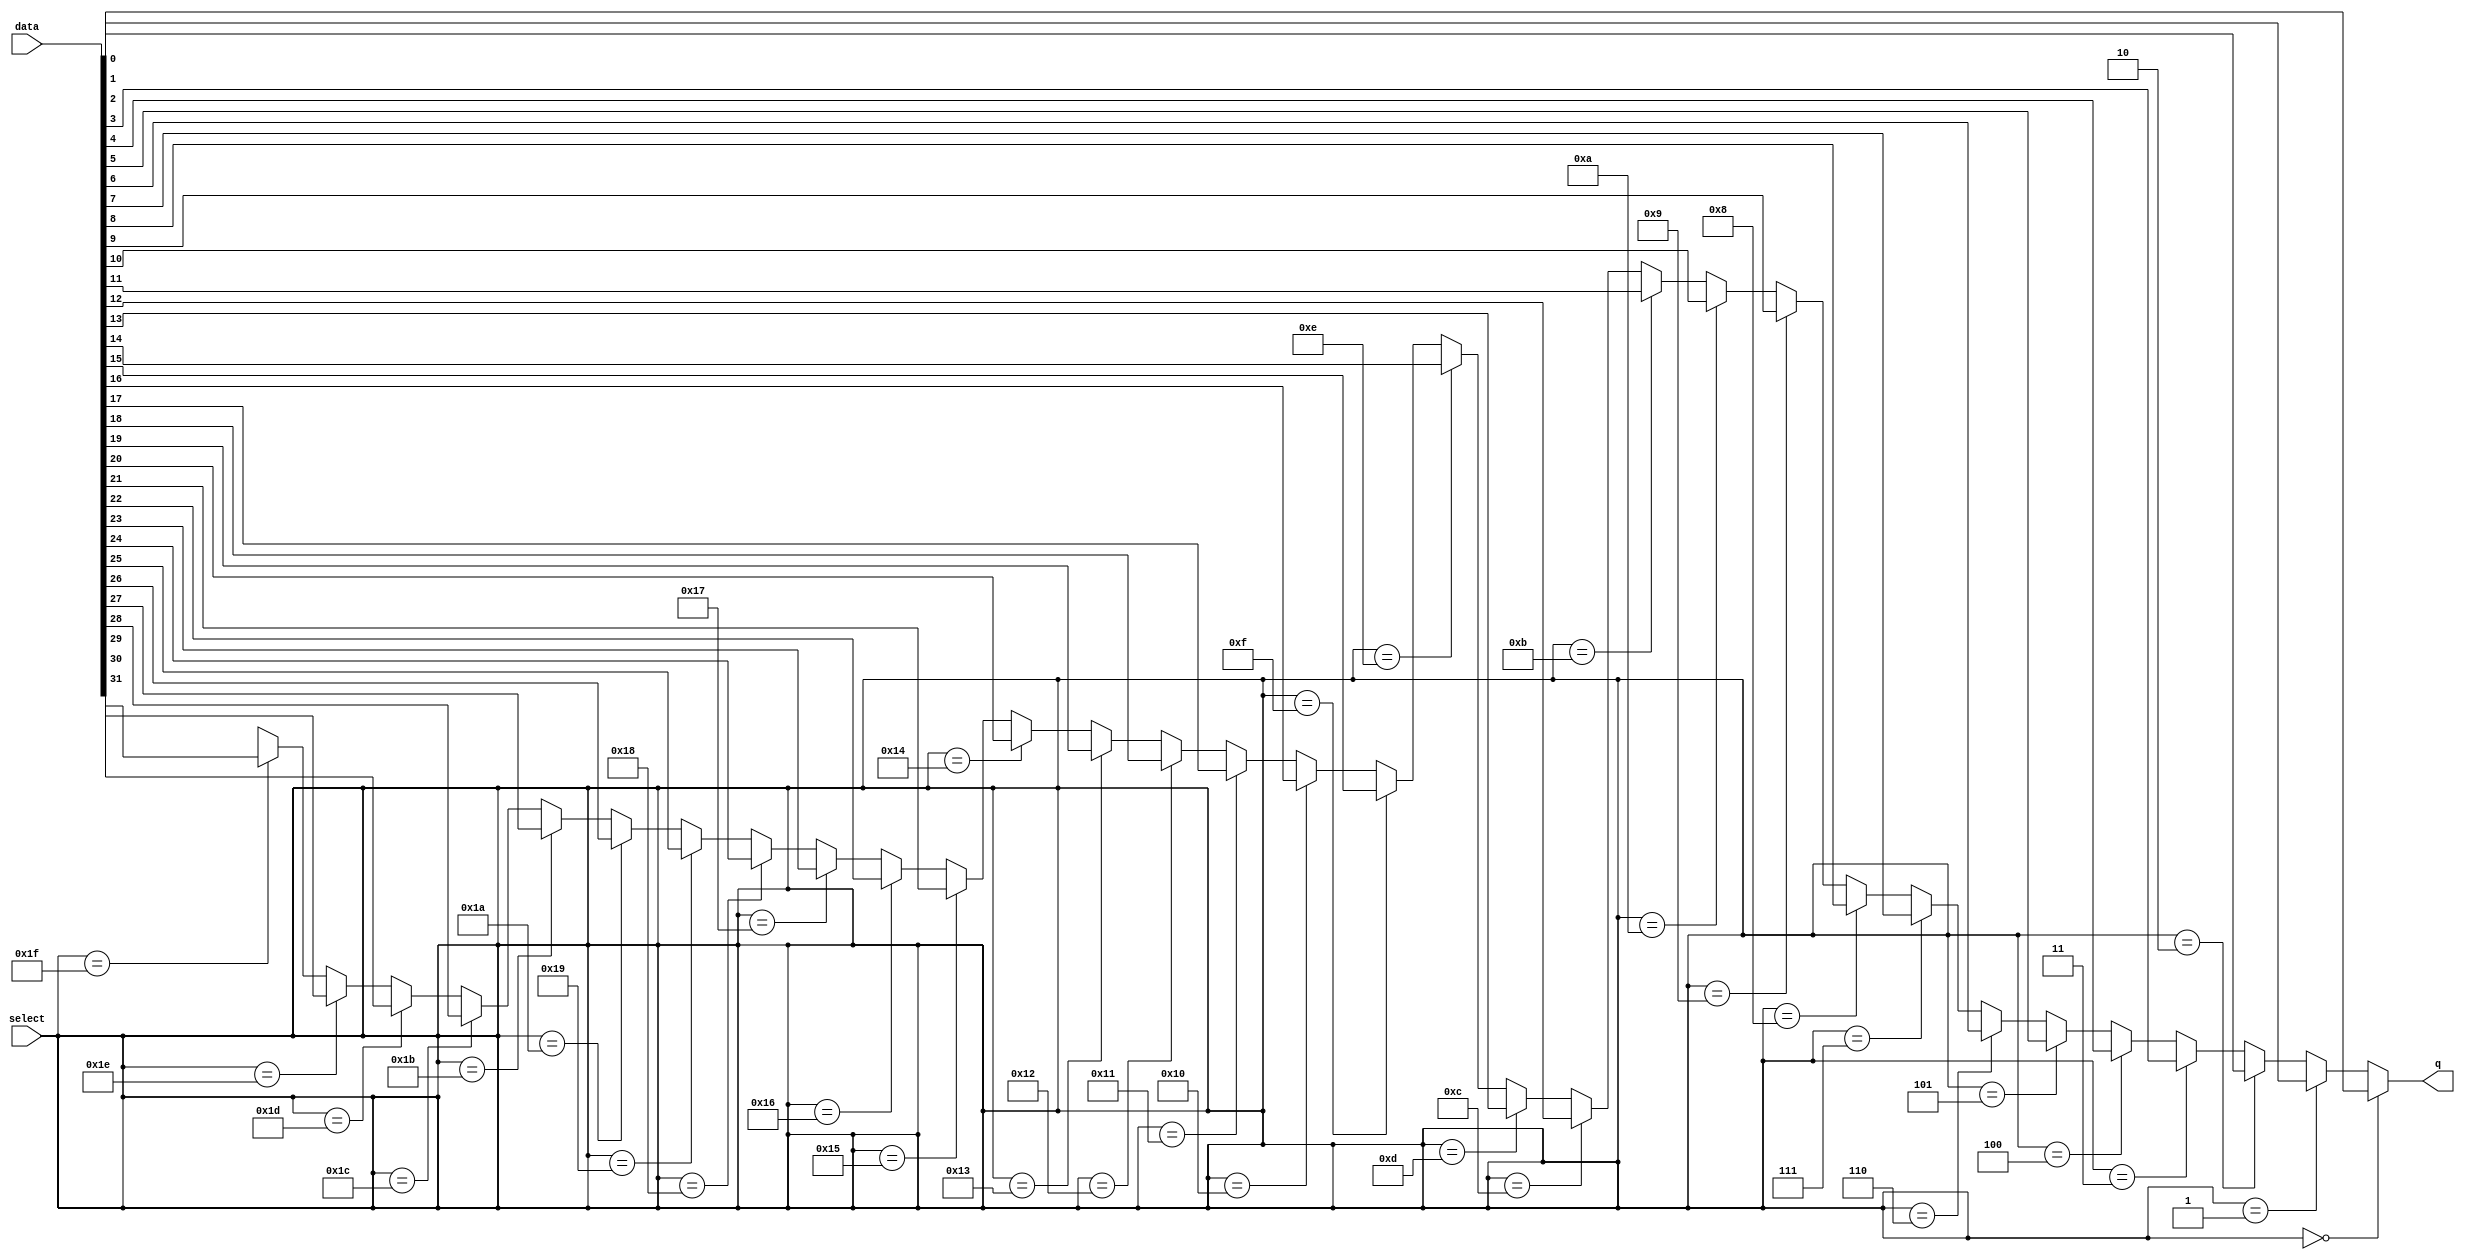
module multiplexer(q, data, select);
	output q;
	input [31:0] data;
	input [5:0] select;
	wire q;
	wire [31:0] data;
	wire [5:0] select;

	assign q =
		(select == 5'h00) ? data[0] :
		(select == 5'h01) ? data[1] :
		(select == 5'h02) ? data[2] :
		(select == 5'h03) ? data[3] :
		(select == 5'h04) ? data[4] :
		(select == 5'h05) ? data[5] :
		(select == 5'h06) ? data[6] :
		(select == 5'h07) ? data[7] :
		(select == 5'h08) ? data[8] :
		(select == 5'h09) ? data[9] :
		(select == 5'h0A) ? data[10] :
		(select == 5'h0B) ? data[11] :
		(select == 5'h0C) ? data[12] :
		(select == 5'h0D) ? data[13] :
		(select == 5'h0E) ? data[14] :
		(select == 5'h0F) ? data[15] :
		(select == 5'h10) ? data[16] :
		(select == 5'h11) ? data[17] :
		(select == 5'h12) ? data[18] :
		(select == 5'h13) ? data[19] :
		(select == 5'h14) ? data[20] :
		(select == 5'h15) ? data[21] :
		(select == 5'h16) ? data[22] :
		(select == 5'h17) ? data[23] :
		(select == 5'h18) ? data[24] :
		(select == 5'h19) ? data[25] :
		(select == 5'h1A) ? data[26] :
		(select == 5'h1B) ? data[27] :
		(select == 5'h1C) ? data[28] :
		(select == 5'h1D) ? data[29] :
		(select == 5'h1E) ? data[30] :
		(select == 5'h1F) ? data[31] : 1'bx;
endmodule